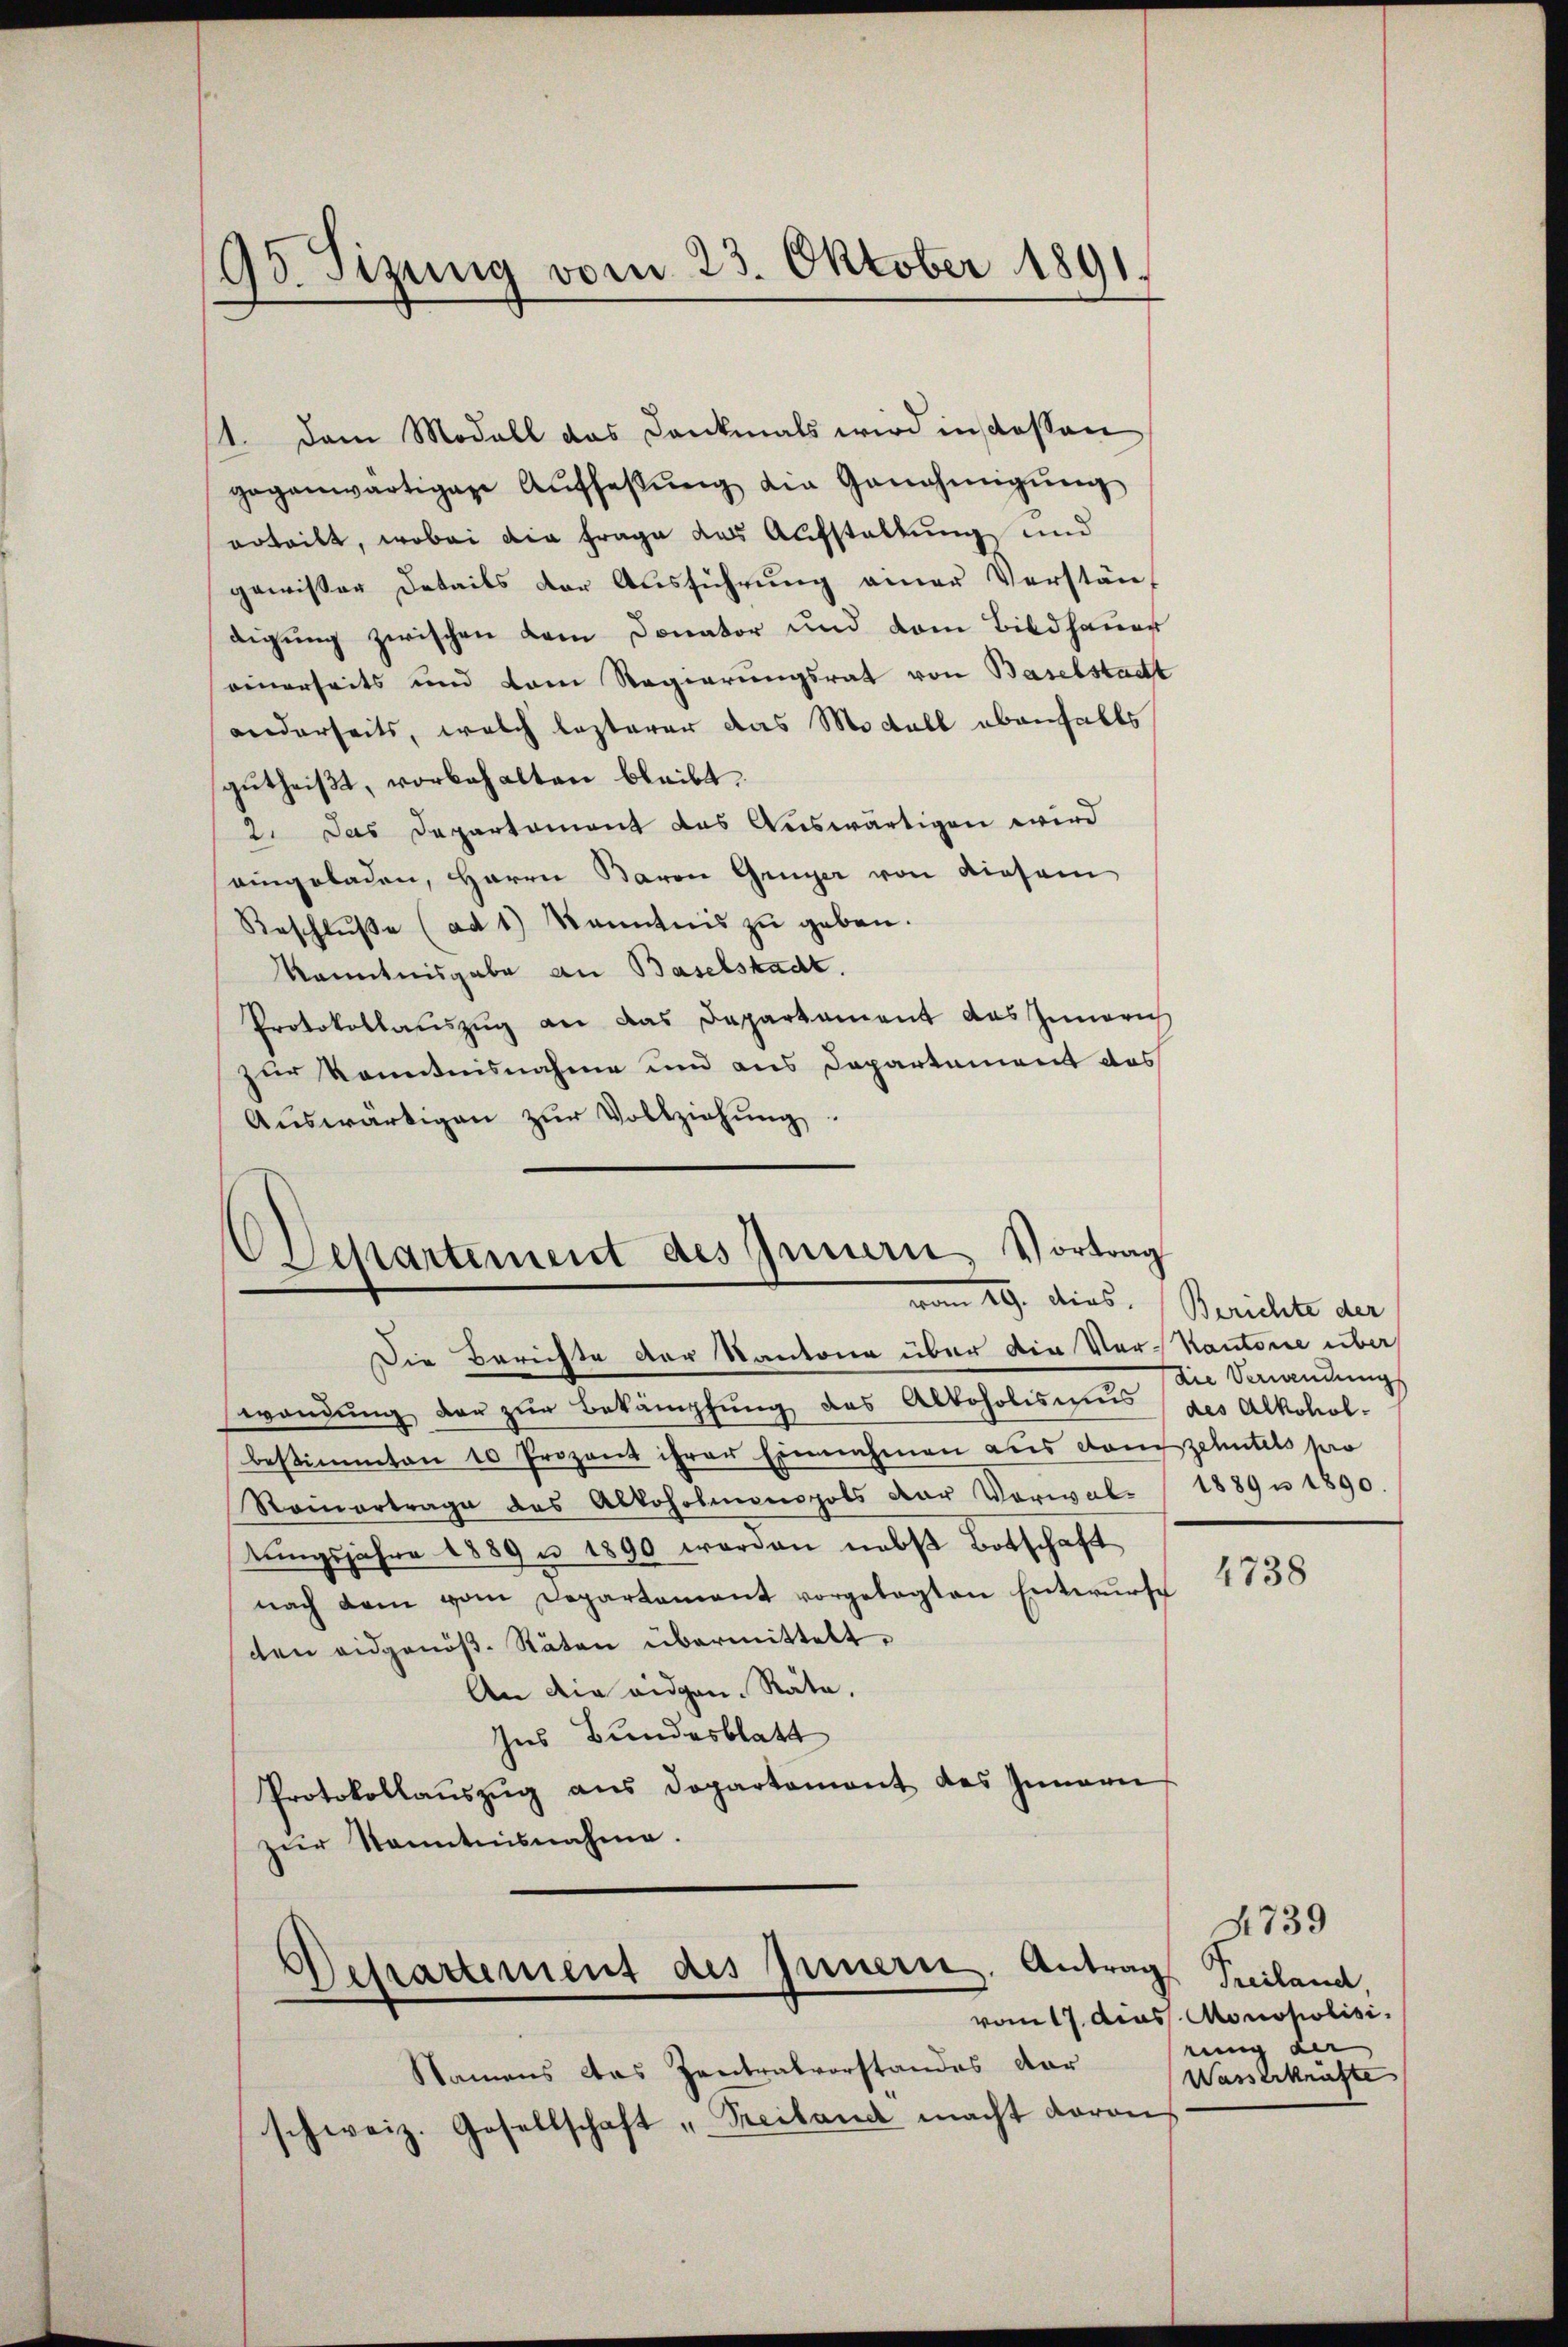
98. Sitzung vom 23. Oktober 1891.

11. Dem Modall das Dankmals wird instossen
gegenwärtigen Aŭffaβŭng die Genehmigŭng
erteilt, wobei die Frage das Aufstaltung und
gewisser Details der Ausführung einer Verstän-
digung zwischen vom Donator und vom Bildhauer
seinerseits und vom Regierungsrat von Baselstadt
anderseits, welch lezterer das Modell ebenfalls
zutheißt, vorbehalten bleibt
2. Das Departement das Auswärtigen wird
eingeladen, Herrn Baron Gruyer von diesem
Beschlŭβe (ad 1) Kenntnis zu geben.
Kenntnisgabe an Baselstadt.
Protokollauszug an das Departament das Inneris
zur Kenntnisnahme und aus Departement das
Aŭswärtigen zŭr Vollziehung.

Die Berichte der Kantone über die Vor-Kantone über
wendung der zur Bekämpfung des Alkoholismus des Alkohol-
bestimmten 10 Prozent ihrer Einnahmen aus dem zehntels pro
Reinertrage des Alkoholmonopols der Vorwaltŭngsjahre 1889 u 1890 werden nebst Botschaft
nach dem vom Departement vorgelegten Entwŭrfe
cen eidgenöß. Stäten übermittelt.
An die eidgen. Räte,
Ins Bundesblatt
Protokollaŭszŭg ans Departamont des Innern
zur Kenntnisnahme.

Departement des Innern, Vortrag
vom 19. dies. Berichte der

epartement des Innern. Antrag

(die Verwendung
1889 u 1890.

Namens das Zentralvorstandes vor
schweiz. Gesellschaft „Treitand macht daran

4738

4739
Preiland
vom 17. dies Monopolisi
rung der
Wasserkräfte